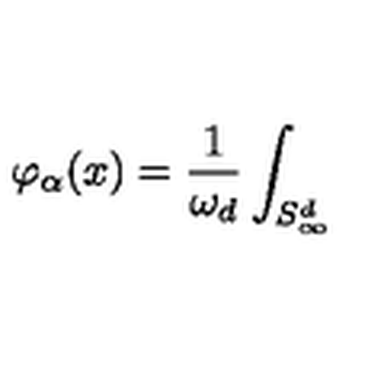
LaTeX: \varphi _ { \alpha } ( x ) = \frac { 1 } { \omega _ { d } } \int _ { S _ { \infty } ^ { d } }